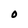
Character: O